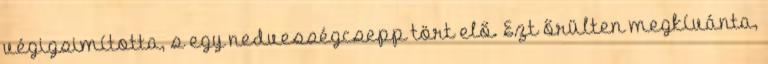
végigsimította, s egy nedvességcsepp tört elő. Ezt őrülten megkívánta,